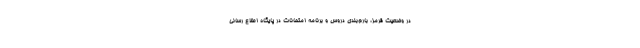
در وضعیت قرمز، بارم‌بندی دروس و برنامه امتحانات در پایگاه اطلاع رسانی